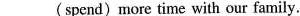
___(spend) more time with our family.